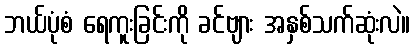
ဘယ်ပုံစံ ရေကူးခြင်းကို ခင်ဗျား အနှစ်သက်ဆုံးလဲ။